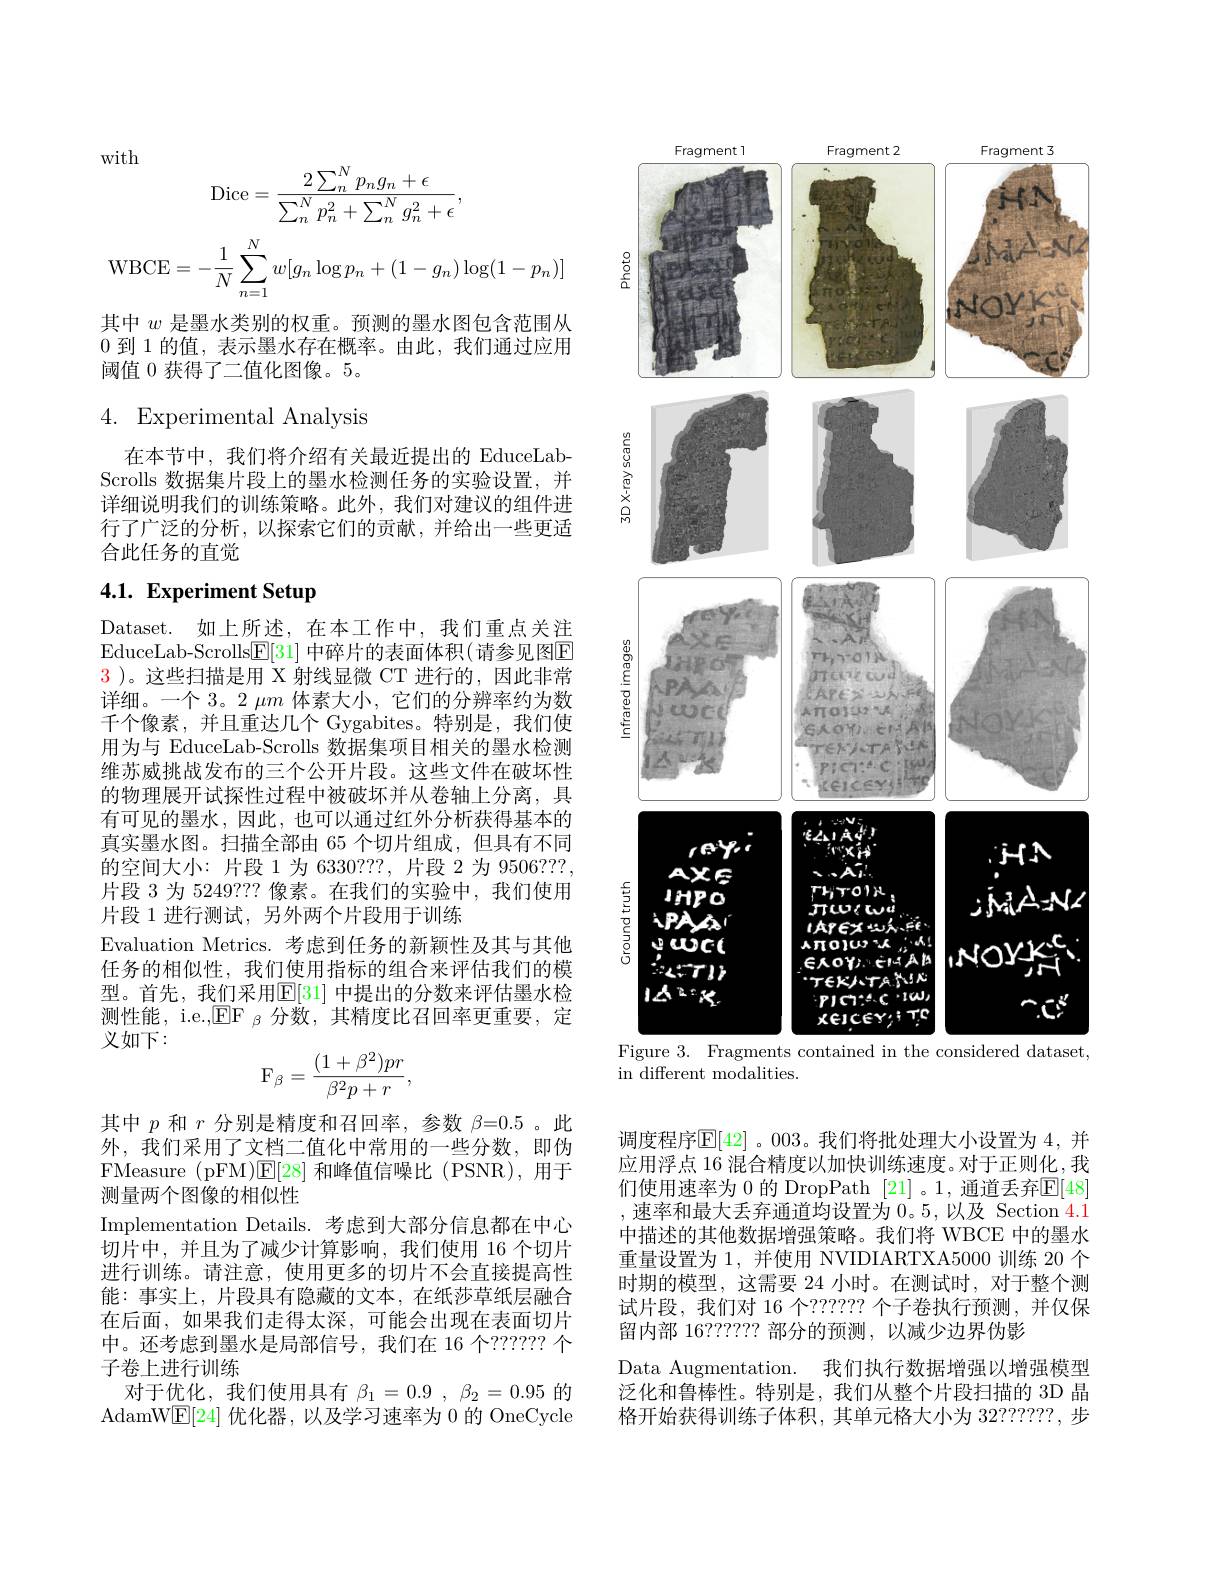
with
$$\mathrm{Dice}=\frac{2\sum_n^Np_ng_n+\epsilon}{\sum_n^Np_n^2+\sum_n^Ng_n^2+\epsilon},$$
$$\text{WBCE}=-\dfrac{1}{N}\sum_{n=1}^Nw[g_n\log p_n+(1-g_n)\log(1-p_n)]$$
其中$w$是墨水类别的权重。预测的墨水图包含范围从0到 1 的值，表示墨水存在概率。由此，我们通过应用阈值 0 获得了二值化图像。5。

4. Experimental Analysis

在本节中，我们将介绍有关最近提出的 EduceLabScrolls 数据集片段上的墨水检测任务的实验设置，并详细说明我们的训练策略。此外，我们对建议的组件进行了广泛的分析，以探索它们的贡献，并给出一些更适合此任务的直觉

# 4.1. Experiment Setup

Dataset. 如上所述，在本工作中，我们重点关注EduceLab- Scrolls$\underline {{\mathrm{E} }}[ 31]$ 中碎片的表面体积(请参见图$\underline{\mathrm{F}}$ $\color{red}3$ )。这些扫描是用 X 射线显微 CT 进行的，因此非常详细。一个 3。2 $\mu m$体素大小，它们的分辨率约为数千个像素，并且重达几个 Gygabites。特别是，我们使用为与 EduceLab-Scrolls 数据集项目相关的墨水检测维苏威挑战发布的三个公开片段。这些文件在破坏性的物理展开试探性过程中被破坏并从卷轴上分离，具有可见的墨水，因此，也可以通过红外分析获得基本的真实墨水图。扫描全部由 65 个切片组成，但具有不同的空间大小：片段 1 为 6330??, 片段 2 为 9506???, 片段 3 为 5249??? 像素。在我们的实验中，我们使用片段 1 进行测试，另外两个片段用于训练
Evaluation Metrics. 考虑到任务的新颖性及其与其他任务的相似性，我们使用指标的组合来评估我们的模型。首先，我们采用$\mathbb{E}[31]$ 中提出的分数来评估墨水检测性能，i.e.,$\mathrm{EF}_{\beta}$分数，其精度比召回率更重要，定义如下：
$$\mathrm F_\beta=\frac{(1+\beta^2)pr}{\beta^2p+r},$$
其中$p$和$r$分别是精度和召回率，参数$\beta=0.5$ 。此外，我们采用了文档二值化中常用的一些分数，即伪FMeasure (pFM)E[28]和峰值信噪比(PSNR),用于测量两个图像的相似性
Implementation Details. 考虑到大部分信息都在中心切片中，并且为了减少计算影响，我们使用 16 个切片进行训练。请注意，使用更多的切片不会直接提高性能：事实上，片段具有隐藏的文本，在纸莎草纸层融合在后面，如果我们走得太深，可能会出现在表面切片中。还考虑到墨水是局部信号，我们在 16 个？????? 个子卷上进行训练
对于优化，我们使用具有$\beta_1=0.9,\beta_2=0.95$的AdamW$\underline{\mathrm{E}}[24]$优化器，以及学习速率为 0 的 OneCycle

<FigureHere>
Figure 3. Fragments contained in the considered dataset,

in different modalities.

调度程序$\mathbb{E}[42]$ 。003。我们将批处理大小设置为 4,并应用浮点 16 混合精度以加快训练速度。对于正则化，我们使用速率为 0 的 DropPath [21] 。1, 通道丢弃$\mathbb{E}[48]$ ,速率和最大丢弃通道均设置为 0。5, 以及 Section 4.1中描述的其他数据增强策略。我们将 WBCE 中的墨水重量设置为 1, 并使用 NVIDIARTXA5000 训练 20 个时期的模型，这需要 24 小时。在测试时，对于整个测试片段，我们对 16 个？????? 个子卷执行预测，并仅保留内部 16?????? 部分的预测，以减少边界伪影
Data Augmentation. 我们执行数据增强以增强模型泛化和鲁棒性。特别是，我们从整个片段扫描的 3D 晶格开始获得训练子体积，其单元格大小为 32??????,步